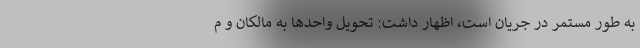
به طور مستمر در جریان است، اظهار داشت: تحویل واحدها به مالکان و م